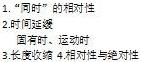
1. “同时”的相对性
2. 时间延缓
3. 同时、运动与绝对性